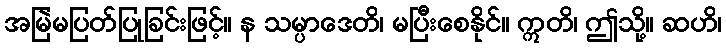
အမြဲမပြတ်ပြုခြင်းဖြင့်။ န သမ္ပာဒေတိ၊ မပြီးစေနိုင်။ ဣတိ၊ ဤသို့။ ဆဟိ၊